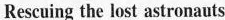
Rescuing the lost astronauts